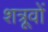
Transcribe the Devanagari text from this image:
शत्रूवों